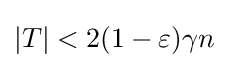
|T|<2(1-\varepsilon )\gamma n